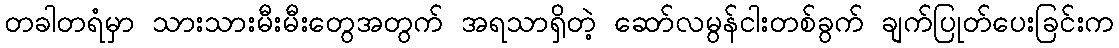
တခါတရံမှာ သားသားမီးမီးတွေအတွက် အရသာရှိတဲ့ ဆော်လမွန်ငါးတစ်ခွက် ချက်ပြုတ်ပေးခြင်းက